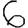
Digit: 6